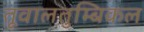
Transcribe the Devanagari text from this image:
तूवालतुम्बिकल